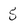
Character: 5